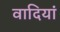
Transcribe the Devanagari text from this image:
वादियां